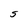
Character: S